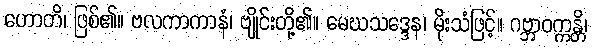
ဟောတိ၊ ဖြစ်၏။ ဗလကာကာနံ၊ ဗျိုင်းတို့၏။ မေဃသဒ္ဒေန၊ မိုးသံဖြင့်။ ဂဗ္ဘာဝက္ကန္တိ၊